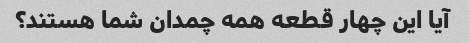
آیا این چهار قطعه همه چمدان شما هستند؟